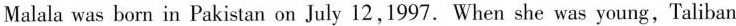
Malala was born in Pakistan on July 12,1997. When she was young,Taliban